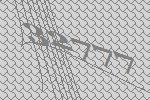
32777